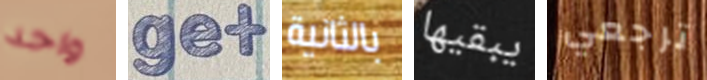
واحد get بالثانية يبقيها ترجعي